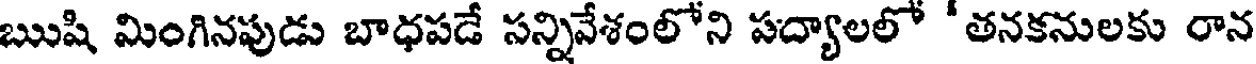
ఋషి మింగినపుడు బాధపడే సన్నివేశంలోని పద్యాలలో 'తనకనులకు రాన